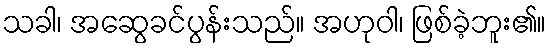
သခါ၊ အဆွေခင်ပွန်းသည်။ အဟုဝါ၊ ဖြစ်ခဲ့ဘူး၏။